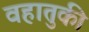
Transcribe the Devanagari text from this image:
वहातुकी